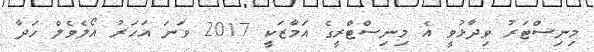
މިނިސްޓަރު ވިދާޅުވީ އެ މިނިސްޓްރީގެ އަމާޒަކީ 2017 ވަނަ އަހަރު އޯލެވެެލް ހަދާ